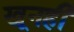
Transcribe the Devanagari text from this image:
खूनही